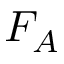
F _ { A }